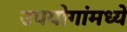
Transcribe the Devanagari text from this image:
उपयोगांमध्ये